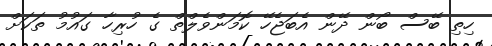
ހިތި ބޭސް ބޯން ދޭން އެބަޖެހޭ ކޮމަންވެލްތް ގެ ހުރިހާ ގައުމު ތަކަށް